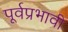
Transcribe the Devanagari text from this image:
पूर्वप्रभावी